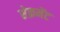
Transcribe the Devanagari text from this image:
सेक्रमेंट